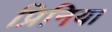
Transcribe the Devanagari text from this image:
प्रिनिया